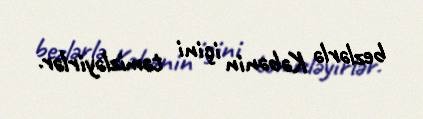
bezlərlə Kəbənin içini təmizləyirlər.